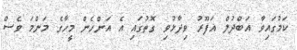
ކަމުގައިވާ އަބްދުލް ޣަފޫރު ވިދާޅުވި ގޮތުގައި އެ އަންހެން މީހާގެ މަންމަ ވެސް